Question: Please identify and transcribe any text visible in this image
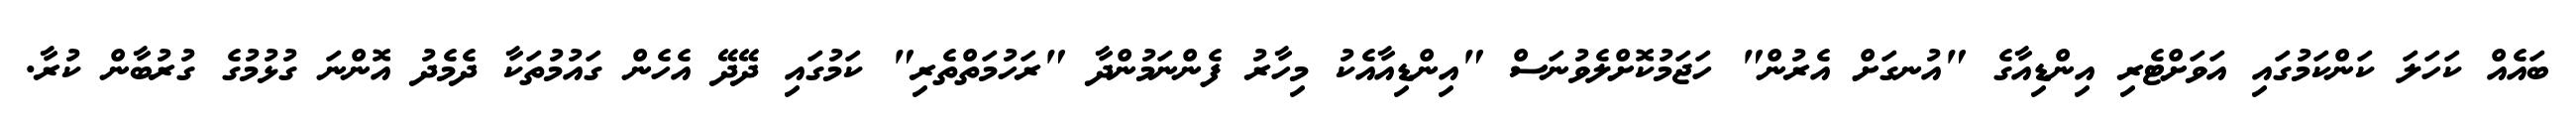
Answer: ބައެއް ކަހަލަ ކަންކަމުގައި އަވަށްޓެރި އިންޑިއާގެ "އުނގަށް އެރުން" ހަޖަމުކޮށްލެވުނަސް "އިންޑިއާއެކު މިހާރު ފެންނަމުންދާ "ރަހުމަތްތެރި" ކަމުގައި ދޭދޭ އެހެން ގައުމުތަކާ ދެމެދު އޮންނަ ގުޅުމުގެ ގުރުބާން ކުރާ.